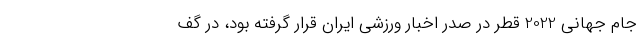
جام جهانی 2022 قطر در صدر اخبار ورزشی ایران قرار گرفته بود، در گف